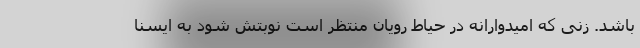
باشد. زنی که امیدوارانه در حیاط رویان منتظر است نوبتش شود به ایسنا